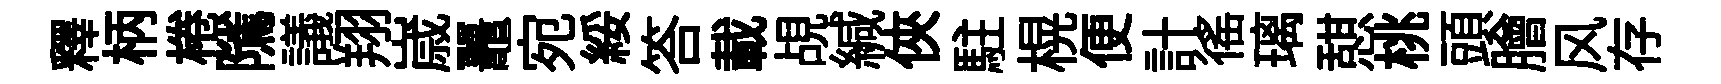
釋柄棬隲議翔𡻕鼉宛綏答載覘緘俠駐榥便計徭璃憇桃頭膾风存